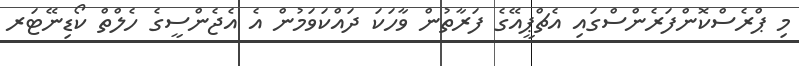
މި ޕްރެސްކޮންފަރެންސްގައި އެޗްޕީއޭގެ ފަރާތުން ވާހަކަ ދައްކަވަމުން އެ އެޖެންސީގެ ހެލްތް ކޯޑިނޭޓަރ